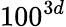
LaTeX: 100^{3d}